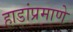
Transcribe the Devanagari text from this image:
हाडांप्रमाणे